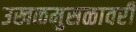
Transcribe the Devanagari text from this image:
उखळमुसळावरी